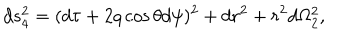
d s _ { 4 } ^ { 2 } = ( d \tau + 2 q \cos \theta d \psi ) ^ { 2 } + d r ^ { 2 } + r ^ { 2 } d \Omega _ { 2 } ^ { 2 } ,